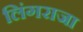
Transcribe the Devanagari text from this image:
लिंगराजा